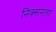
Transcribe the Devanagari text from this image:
निक्सनला